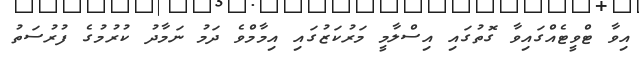
އިވާ ޓްވީޓެއްގައިވާ ގޮތުގައި އިސްލާމީ މަރުކަޒުގައި އިމާމްވެ ދަމު ނަމާދު ކުރުމުގެ ފުރުސަތު